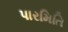
પારમિતિ